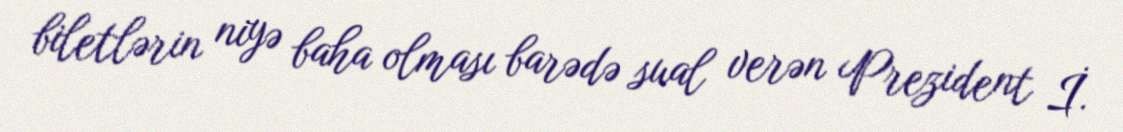
biletlərin niyə baha olması barədə sual verən Prezident İ.